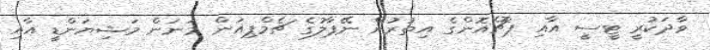
ވާދަކުރީ ޓީސީ އާއި ޕޮޗެއޮންގެ އިތުރުން ނޭޕާލުގެ ޗެމްޕިއަން މަނަން މަޝިޔަންޑީ އާއި